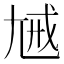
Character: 𡯰